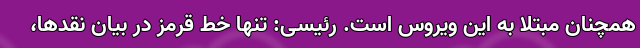
همچنان مبتلا به این ویروس است. رئیسی: تنها خط قرمز در بیان نقد‌ها،